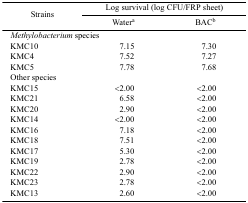
<table><thead><tr><td rowspan="3"><b>Strains</b></td><td colspan="2"><b>Log survival (log CFU/FRP sheet)</b></td></tr><tr><td><b>Watera</b></td><td><b>BACb</b></td></tr></thead><tbody><tr><td colspan="3"><i>Methylobacterium</i> species</td></tr><tr><td>KMC10</td><td>7.15</td><td>7.30</td></tr><tr><td>KMC4</td><td>7.52</td><td>7.27</td></tr><tr><td>KMC5</td><td>7.78</td><td>7.68</td></tr><tr><td colspan="3">Other species</td></tr><tr><td>KMC15</td><td>&lt;2.00</td><td>&lt;2.00</td></tr><tr><td>KMC21</td><td>6.58</td><td>&lt;2.00</td></tr><tr><td>KMC20</td><td>2.90</td><td>&lt;2.00</td></tr><tr><td>KMC14</td><td>&lt;2.00</td><td>&lt;2.00</td></tr><tr><td>KMC16</td><td>7.18</td><td>&lt;2.00</td></tr><tr><td>KMC18</td><td>7.51</td><td>&lt;2.00</td></tr><tr><td>KMC17</td><td>5.30</td><td>&lt;2.00</td></tr><tr><td>KMC19</td><td>2.78</td><td>&lt;2.00</td></tr><tr><td>KMC22</td><td>2.90</td><td>&lt;2.00</td></tr><tr><td>KMC23</td><td>2.78</td><td>&lt;2.00</td></tr><tr><td>KMC13</td><td>2.60</td><td>&lt;2.00</td></tr></tbody></table>